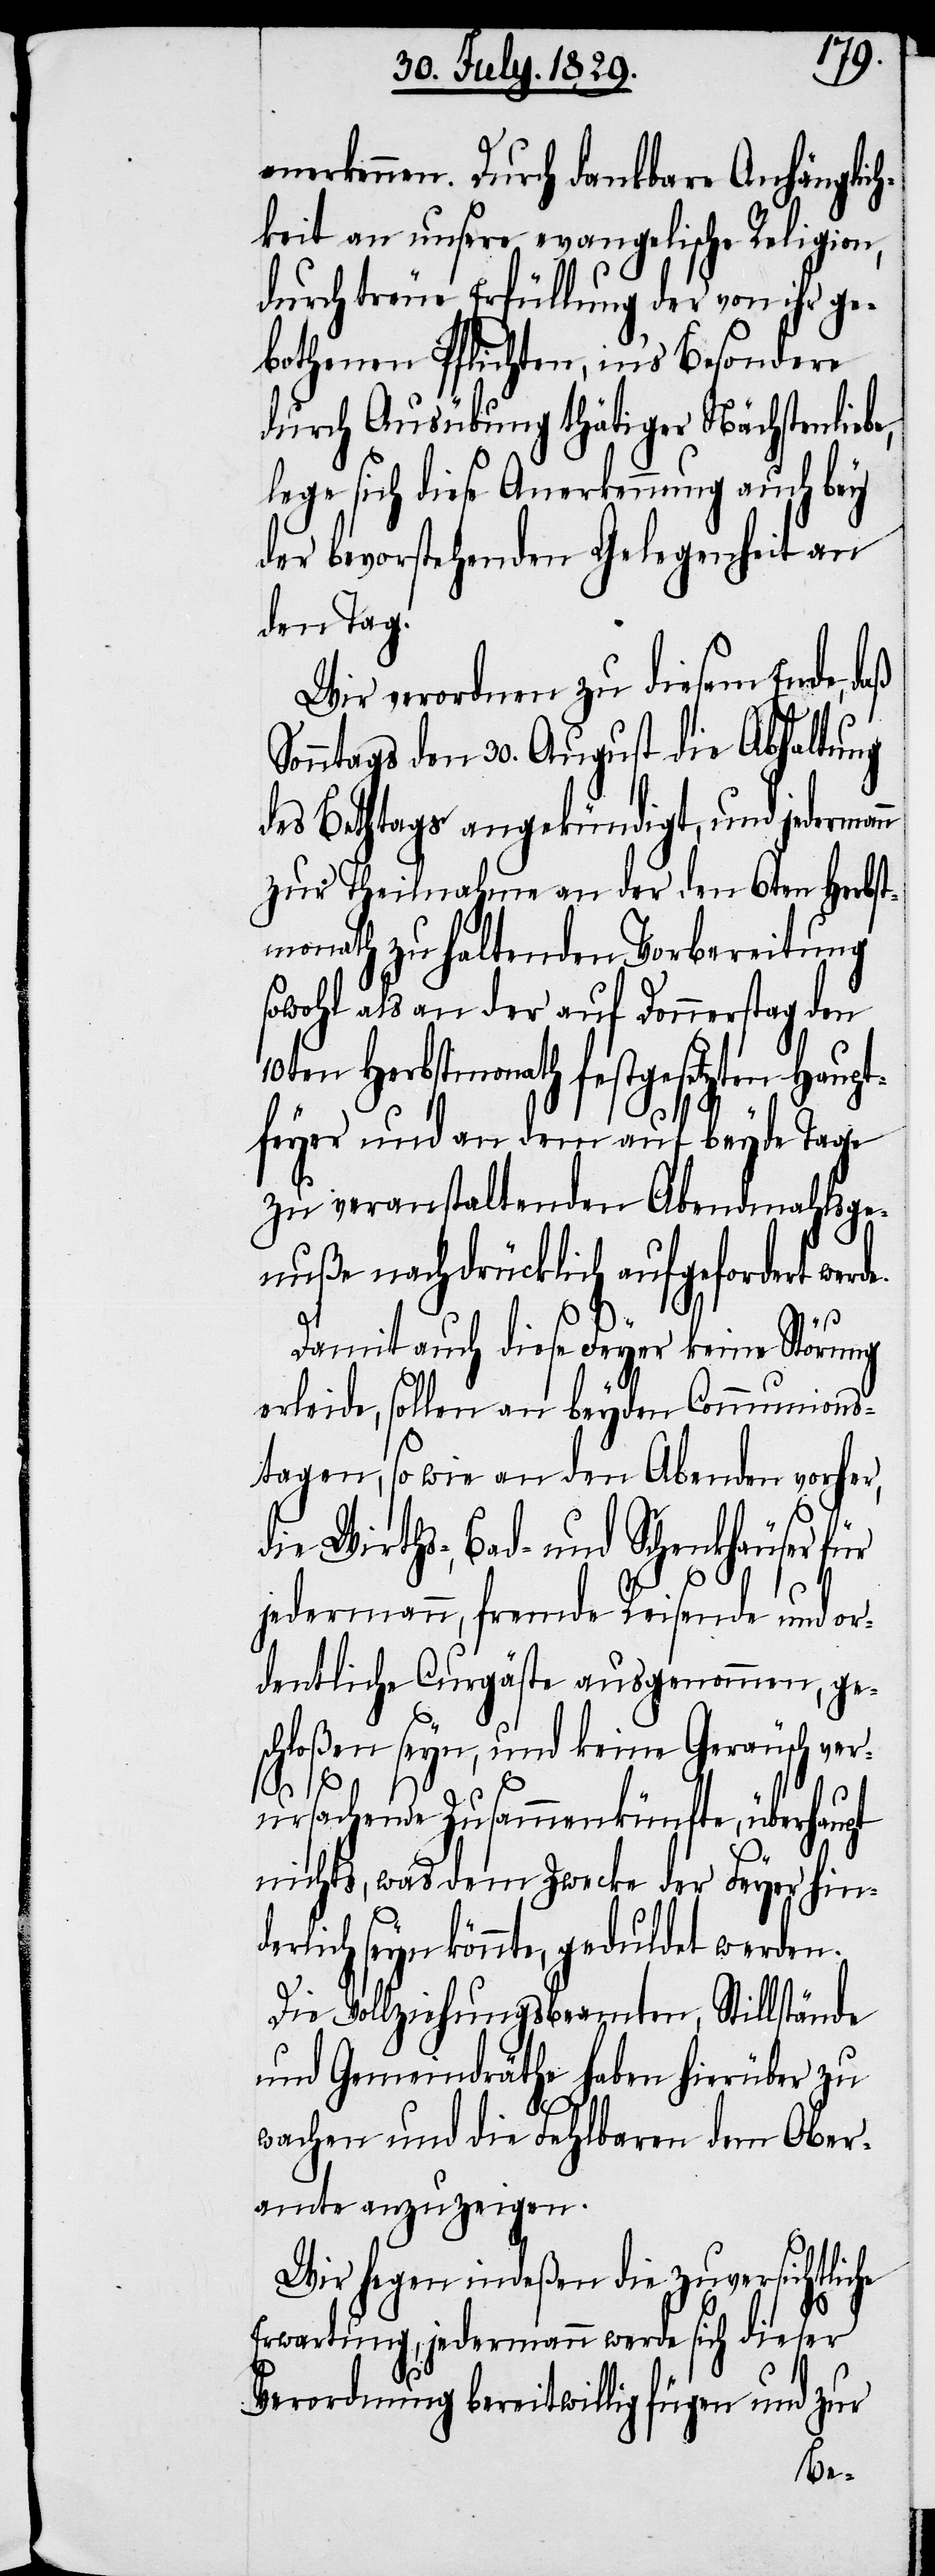
anerkennen. Durch dankbare Anhänglich¬
keit an unsere evangelische Religion,
durch treue Erfüllung der von ihr ge¬
bothenen Pflichten, in’s Besondere
durch Ausübung thätiger Nächstenlieb¬
lege sich diese Anerkennung auch bey
der bevorstehenden Gelegenheit an
den Tag.
Wir verordnen zu diesem Ende, daß
Sonntags den 30. August die Abhaltung
des Bethtags angekündigt, und jederman¬
zur Theilnahme an der den 6ten Herbst¬
monath zu haltenden Vorbereitung
sowohl als an der auf Donnerstag den
10ten Herbstmonath festgesetzten Haupt¬
feyer und an dem auf beyde Tage
zu veranstaltenden Abendmahlge¬
nuße nachdrücklich aufgefordert werd¬
e.
Damit auch diese Freyer keine Störung
erleide, sollen an beyden Communions¬
tagen, so wie an den Abenden vorher,
die Wirths-, Bad- und Schenkhäuser für
jedermann, fremde Reisende und or¬
dentliche Curgäste ausgenommen, ge¬
schloßen seyn, und keine Geräusche ver¬
ursachende Zusammenkünfte, überhaupt
nichts, was dem Zwecke der Feyer hin¬
lich seyn könnte, geduldet werden.
Die Vollziehungsbeamten, Stillstände
und Gemeindräthe haben hierüber zu
der¬
wachen und die Fehlbaren dem Ober¬
amte anzuzeigen.
Wir hegen indeßen die zuversichtliche
Erwartung, jedermann werde sich dieser
Verordnung bereitwillig fügen und zur